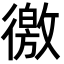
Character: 徼